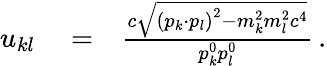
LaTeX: \begin{array}{rlr}{u_{kl}}&{{}=}&{\frac{c\sqrt{\left(p_{k}\cdot p_{l}\right)^{2}-m_{k}^{2}m_{l}^{2}c^{4}}}{p_{k}^{0}p_{l}^{0}}\, .}\end{array}